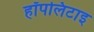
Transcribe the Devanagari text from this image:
हॉपलिटाइ